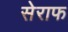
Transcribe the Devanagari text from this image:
सेराफ